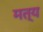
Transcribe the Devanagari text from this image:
मत्य